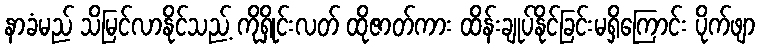
နာခံမည် သိမြင်လာနိုင်သည့် ကိုရှိုင်းလတ် ထိုဇာတ်ကား ထိန်းချုပ်နိုင်ခြင်းမရှိကြောင်း ပိုက်ဖျာ